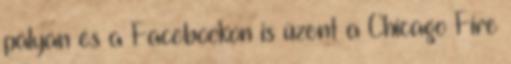
pályán és a Facebookon is üzent a Chicago Fire